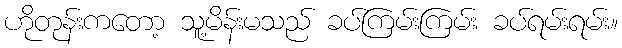
ဟိုတုန်းကတော့ သူ့မိန်းမသည် ခပ်ကြမ်းကြမ်း ခပ်ရမ်းရမ်း။